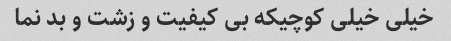
خیلی خیلی کوچیکه بی کیفیت و زشت و بد نما